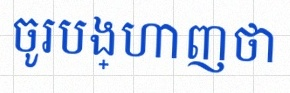
ចូរបង្ហាញថា